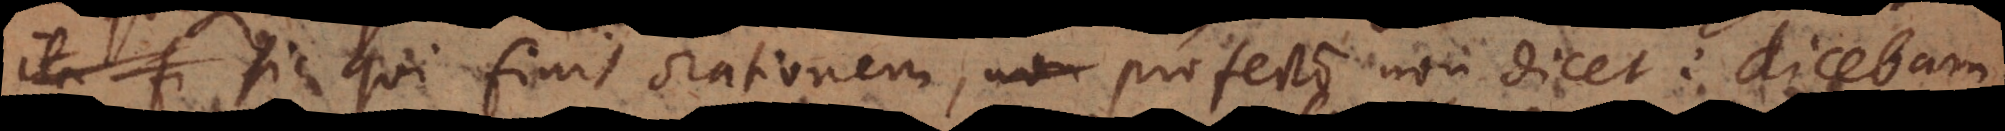
Sic qui finit orationem, profecto non dicet: dicebam,